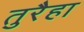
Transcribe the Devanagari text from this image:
तुरैहा